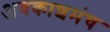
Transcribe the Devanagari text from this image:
अवकाशमंच